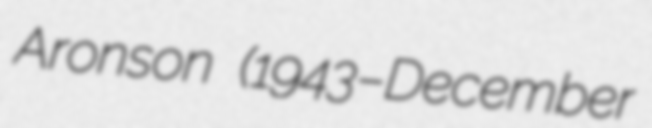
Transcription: Aronson (1943–December